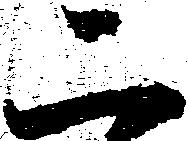
二